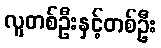
လူတစ်ဦးနှင့်တစ်ဦး